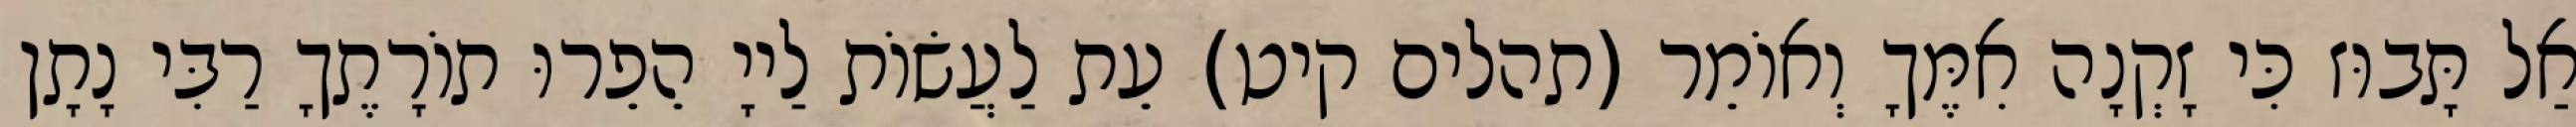
אַל תָּבוּז כִּי זָקְנָה אִמֶּךָ וְאוֹמֵר (תהלים קיט) עֵת לַעֲשׂוֹת לַייָ הֵפֵרוּ תוֹרָתֶךָ רַבִּי נָתָן